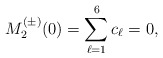
\begin{align*}M^{(\pm)}_2(0)=\sum_{\ell=1}^{6}c_{\ell}=0,\end{align*}